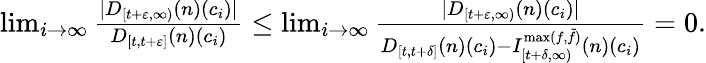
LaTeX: \begin{array}{r}{\operatorname*{lim}_{i\to\infty}\frac{|D_{[t+\varepsilon,\infty)}(n)(c_{i})|}{D_{[t,t+\varepsilon]}(n)(c_{i})}\leq\operatorname*{lim}_{i\to\infty}\frac{|D_{[t+\varepsilon,\infty)}(n)(c_{i})|}{D_{[t,t+\delta]}(n)(c_{i})-I_{[t+\delta,\infty)}^{\operatorname*{max}(f,\tilde{f})}(n)(c_{i})}=0.}\end{array}